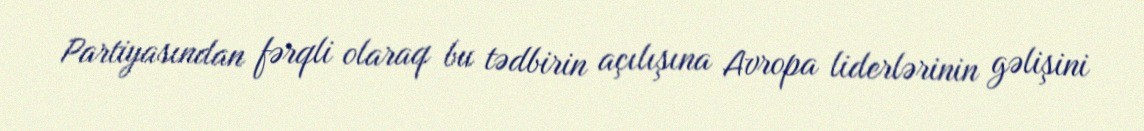
Partiyasından fərqli olaraq bu tədbirin açılışına Avropa liderlərinin gəlişini